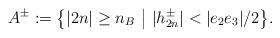
LaTeX: \begin{align*}A^\pm:= \big\{|2n|\geq n_B \,\,\big|\,\, |h_{2n}^\pm|<|e_2e_3|/2\big\}.\end{align*}